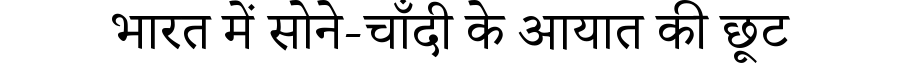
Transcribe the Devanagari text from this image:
भारत में सोने-चाँदी के आयात की छूट